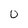
Character: 0